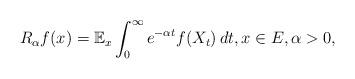
LaTeX: \begin{align*}R_{\alpha}f(x)=\mathbb E_x\int^{\infty}_0e^{-\alpha t}f(X_t)\,dt,x\in E,\alpha>0,\end{align*}